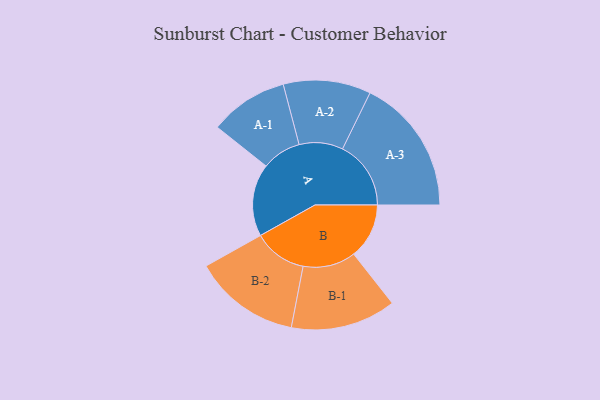
{"axis": {"x": "Segment", "y": "Value"}, "legend": ["", "A", "B"], "data": [{"x": "A", "y": 212, "type": ""}, {"x": "B", "y": 162, "type": ""}, {"x": "A-1", "y": 115, "type": "A"}, {"x": "A-2", "y": 128, "type": "A"}, {"x": "A-3", "y": 200, "type": "A"}, {"x": "B-1", "y": 154, "type": "B"}, {"x": "B-2", "y": 156, "type": "B"}]}